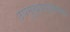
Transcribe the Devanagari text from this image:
उपमुख्याध्यापक